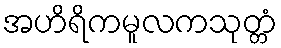
အဟိရိကမူလကသုတ္တံ